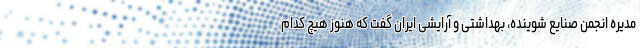
مدیره انجمن صنایع شوینده، بهداشتی و آرایشی ایران گفت که هنوز هیچ کدام